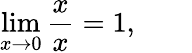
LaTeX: \operatorname*{lim}_{x\to 0}{\frac{x}{x}}=1,\qquad